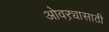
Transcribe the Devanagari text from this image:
ओवऱ्यासाठी